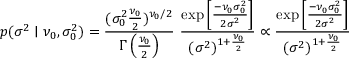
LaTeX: p ( \sigma ^ { 2 } \mid \nu _ { 0 } , \sigma _ { 0 } ^ { 2 } ) = { \frac { ( \sigma _ { 0 } ^ { 2 } { \frac { \nu _ { 0 } } { 2 } } ) ^ { \nu _ { 0 } / 2 } } { \Gamma \left( { \frac { \nu _ { 0 } } { 2 } } \right) } } ~ { \frac { \exp \left[ { \frac { - \nu _ { 0 } \sigma _ { 0 } ^ { 2 } } { 2 \sigma ^ { 2 } } } \right] } { ( \sigma ^ { 2 } ) ^ { 1 + { \frac { \nu _ { 0 } } { 2 } } } } } \propto { \frac { \exp \left[ { \frac { - \nu _ { 0 } \sigma _ { 0 } ^ { 2 } } { 2 \sigma ^ { 2 } } } \right] } { ( \sigma ^ { 2 } ) ^ { 1 + { \frac { \nu _ { 0 } } { 2 } } } } }